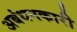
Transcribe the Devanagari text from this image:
अबंधनकारी